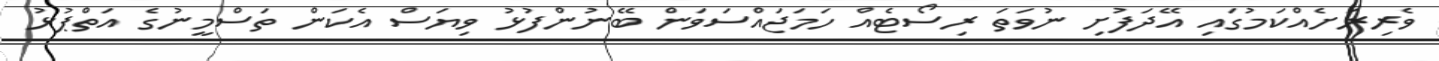
ވެރިރަށެއްކަމުގައި އޭދަފުށި ނުވަތަ ރިސޯޓެއް ހަމަޖައްސަވަން ބޭނުންފުޅު ވިޔަސް އެކަން ތަސްމީނުގެ އަތްޕުޅު